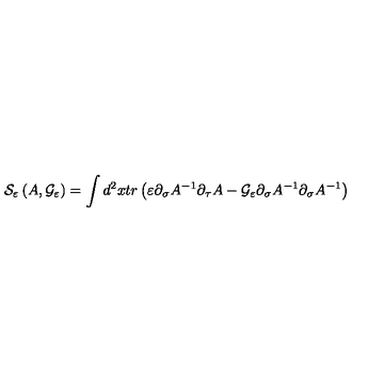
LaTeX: { \cal S } _ { \varepsilon } \left( A , { \cal G } _ { \varepsilon } \right) = \int d ^ { 2 } x t r \left( \varepsilon \partial _ { \sigma } A ^ { - 1 } \partial _ { \tau } A - { \cal G } _ { \varepsilon } \partial _ { \sigma } A ^ { - 1 } \partial _ { \sigma } A ^ { - 1 } \right)